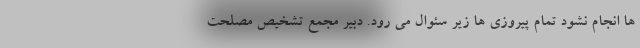
ها انجام نشود تمام پیروزی ها زیر سئوال می رود. دبیر مجمع تشخیص مصلحت